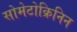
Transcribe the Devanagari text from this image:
सोमेटोक्रिनिन